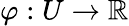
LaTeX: \varphi:U\rightarrow\mathbb{R}